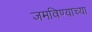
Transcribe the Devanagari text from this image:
जमविण्याच्या